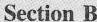
Section B